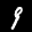
Label: 9